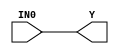
//------------------------------------------------------
// Copyright 1992, 1993 Cascade Design Automation Corporation.
//------------------------------------------------------
module dpbuf(IN0,Y);
  parameter BIT = 0;
  parameter COLINST = "0";
  parameter GROUP = "dpath1";
  parameter
        d_IN0_r = 0,
        d_IN0_f = 0,
        d_Y_r = 1,
        d_Y_f = 1;
  input  IN0;
  output  Y;
  wire  IN0_temp;
  reg  Y_temp;
  assign #(d_IN0_r,d_IN0_f) IN0_temp = IN0;
  assign #(d_Y_r,d_Y_f) Y = Y_temp;
  always
    @(IN0_temp)
      Y_temp = IN0_temp;
endmodule